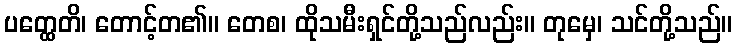
ပတ္ထေတိ၊ တောင့်တ၏။ တေစ၊ ထိုသမီးရှင်တို့သည်လည်း။ တုမှေ၊ သင်တို့သည်။